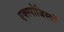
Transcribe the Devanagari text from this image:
एक्स्पोजिस्यों